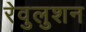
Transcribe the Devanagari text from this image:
रेवुलुशन